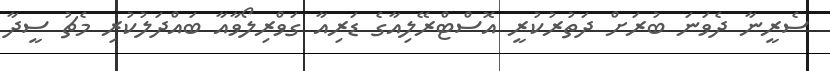
ސެރީނާ ދެވަނަ ބުރަށް ދަތުރުކުރީ އޮސްޓްރޭލިއާގެ ޑަރިއާ ގަވްރިލޯވާއާ ބައްދަލުކުރި މެޗު ސީދާ